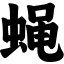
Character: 蝇